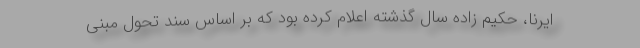
ایرنا، حکیم زاده سال گذشته اعلام کرده بود که بر اساس سند تحول مبنی